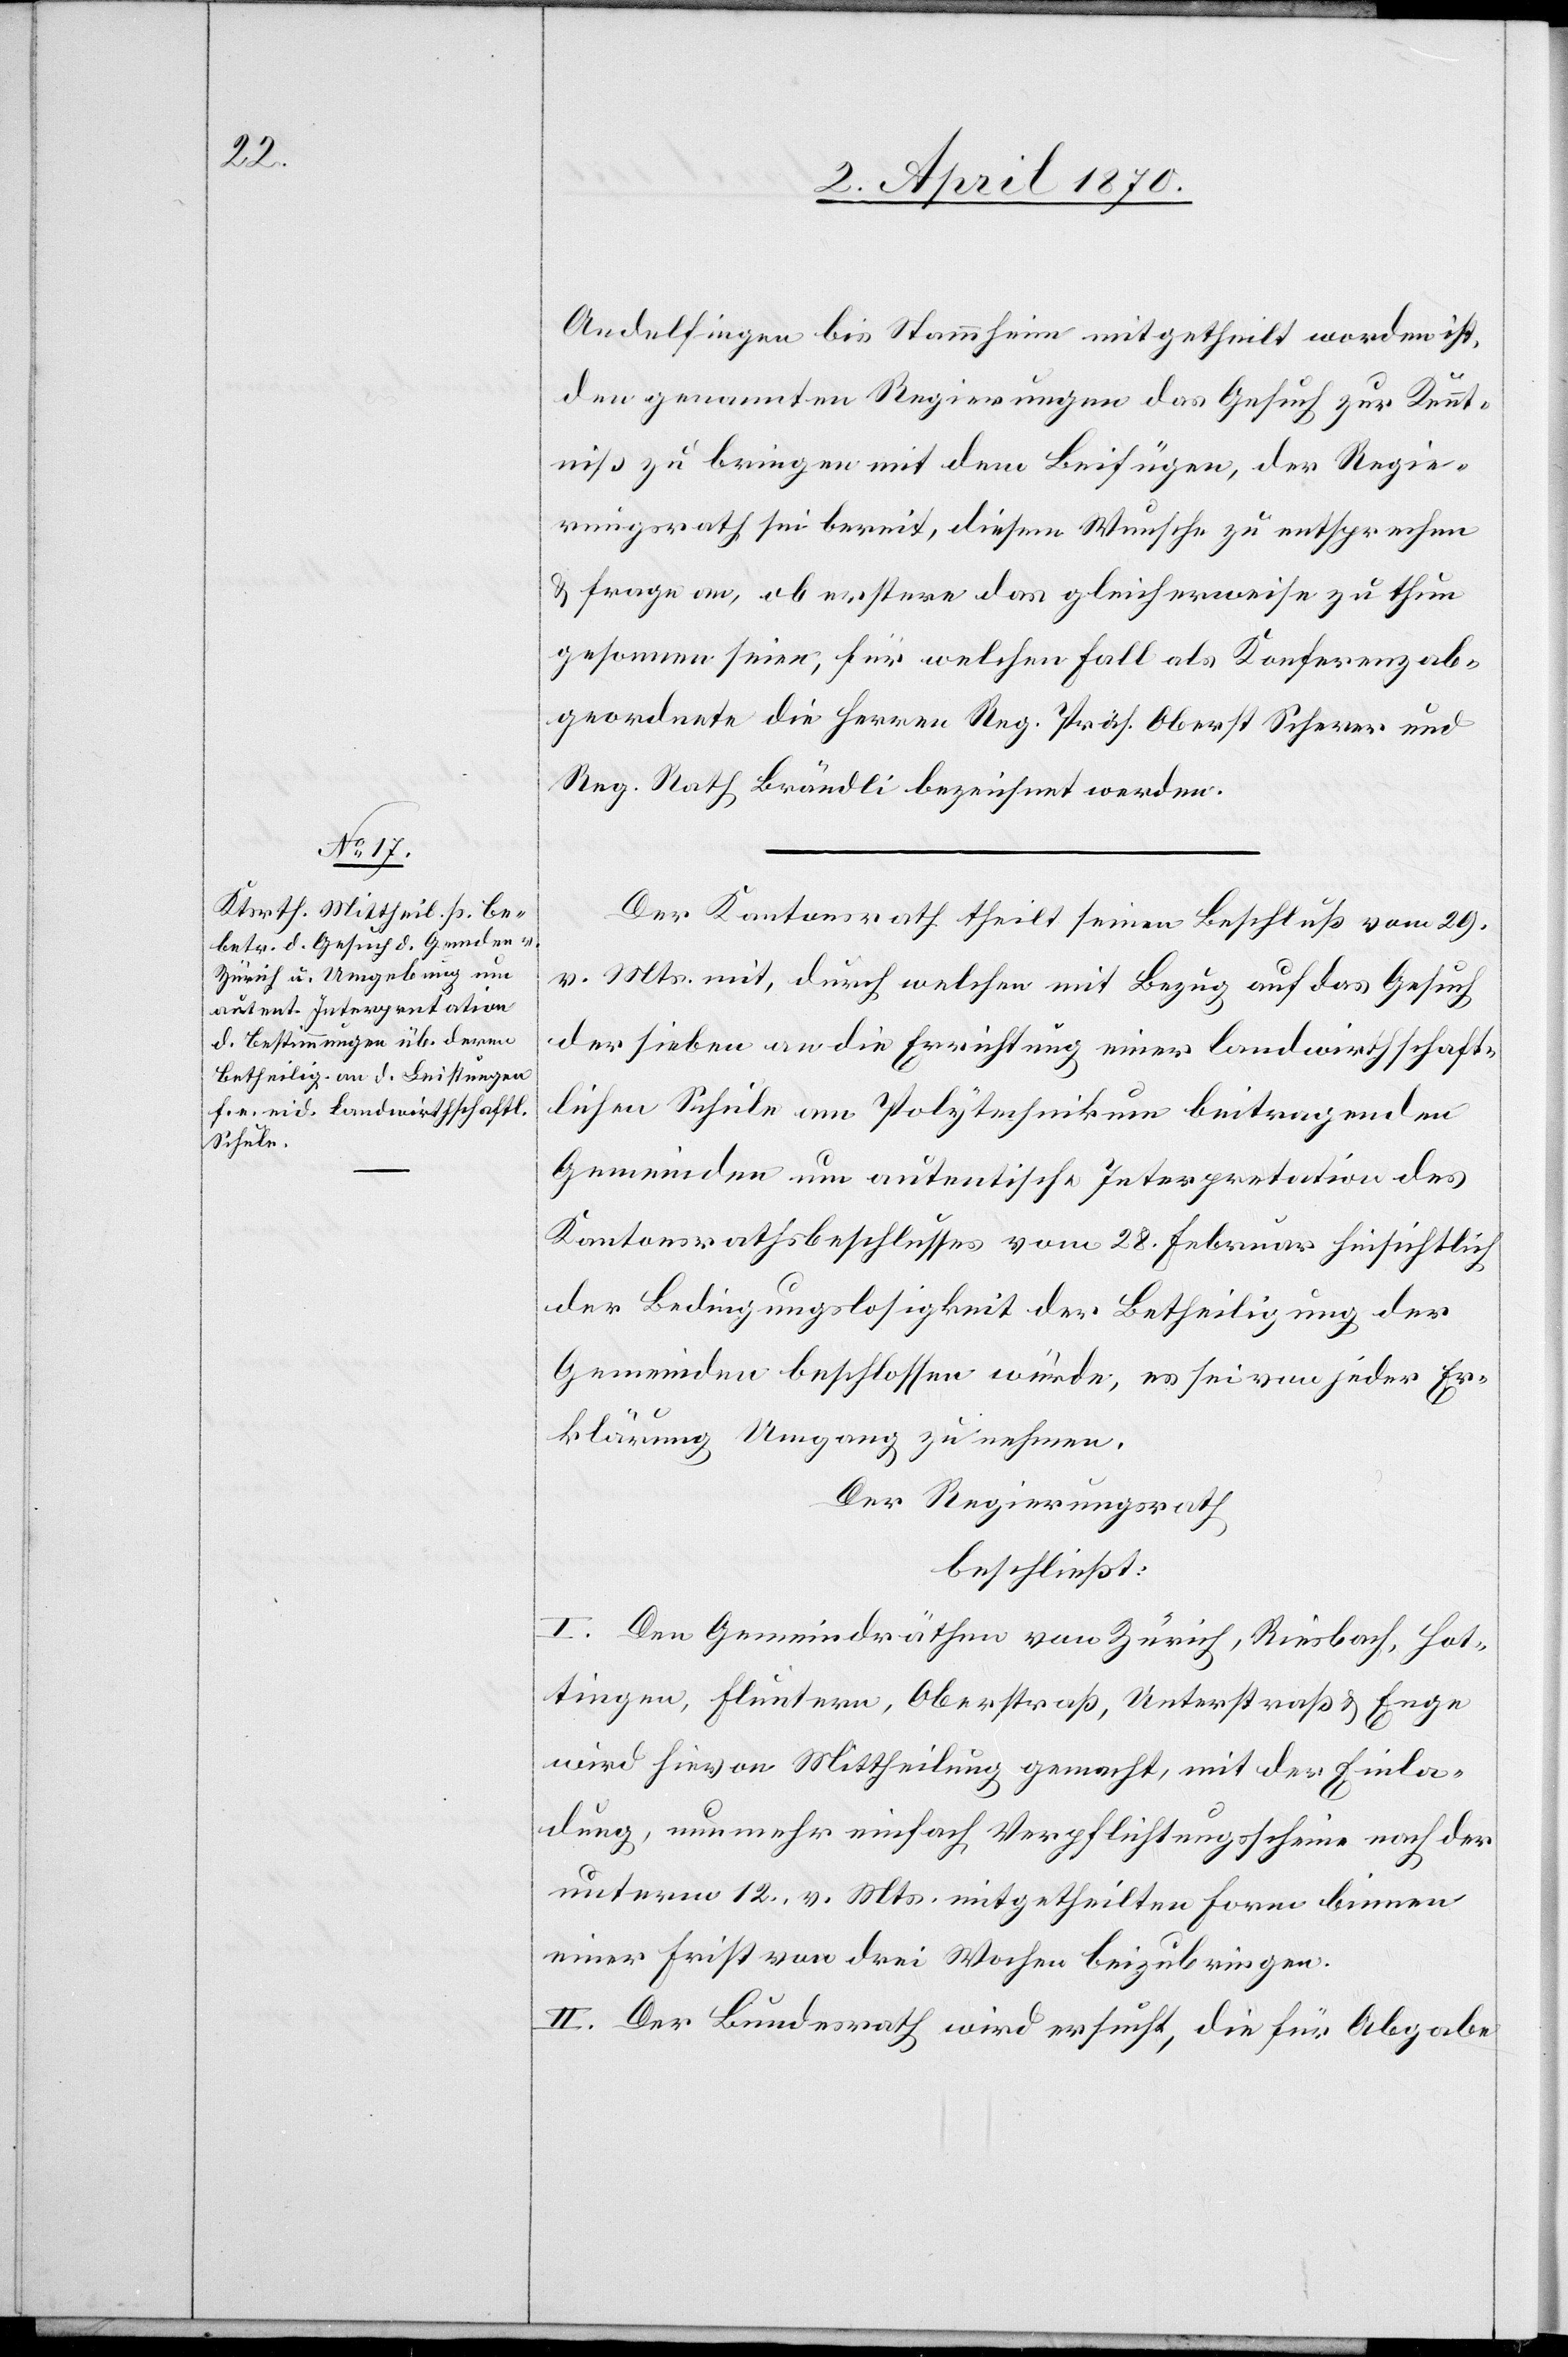
Andelfingen bis Stammheim mitgetheilt worden ist,
den genannten Regierungen das Gesuch zur Kennt¬
niß zu bringen mit dem Beifügen, der Regie¬
rungsrath sei bereit, diesem Wunsche zu entsprechen
& frage an, ob erstere das gleicherweise zu thun
gesonnen seien, für welchen Fall als Konferenz ab¬
geordnete die Herren Reg. Präs. Oberst Scherer und
Reg. Rath. Brändli bezeichnet werden.
Der Kantonsrath theilt seinen Beschluß vom 29.
v. Mts. mit, durch welchen mit Bezug auf das Gesuch
der sieben an die Errichtung einer landwirthschaft¬
lichen Schule am Polytechnikum beitragenden
Gemeinden um autentische Interpretation des
Kantonsrathesbeschlusses vom 28. Februar hinsichtlich
der Bedingungslosigkeit der Betheiligung der
Gemeinden beschlossen würde, es sei von jeder Er¬
klärung Umgang zu nehmen.
Der Regierungsrath
beschließt:
I. Den Gemeindräthen von Zürich, Riesbach, Hot¬
tingen, Fluntern, Oberstraß, Unterstraß & Enge
wird hievon Mittheilung gemacht, mit der Einla¬
dung, nunmehr einfach Verpflichtungsscheine nach der
unterm 12. vor. Mts. mitgetheilten Form binnen
einer Frist von drei Wochen beizubringen.
II. Der Bundesrath wird ersucht, die für Abgabe